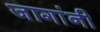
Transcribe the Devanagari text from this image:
जागांनी